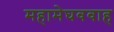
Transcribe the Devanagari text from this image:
महामेघववाह